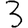
Digit: 3